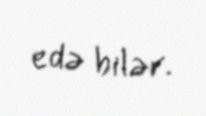
edə bilər.